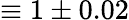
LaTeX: \equiv 1\pm 0.02